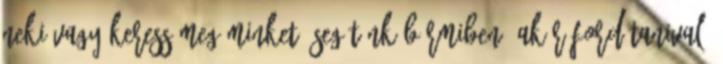
neki vagy keress meg minket, segítünk bármiben, akár fordítanivaló